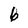
Character: 6